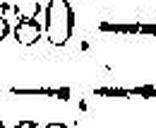
—.—